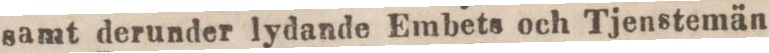
samt derunder lydande Embets och Tjenstemän